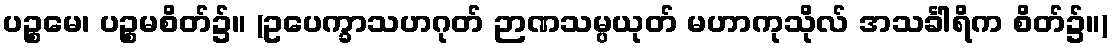
ပဉ္စမေ၊ ပဉ္စမစိတ်၌။ (ဥပေက္ခာသဟဂုတ် ဉာဏသမ္ပယုတ် မဟာကုသိုလ် အသင်္ခါရိက စိတ်၌။)